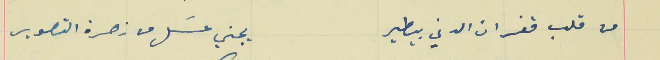
من قلب قفران الدني بيطير                                       يجني عسَل من زهرة التصوير